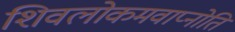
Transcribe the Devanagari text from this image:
शिवलोकमवाप्नोति